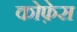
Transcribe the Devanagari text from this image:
कोफ़ेस